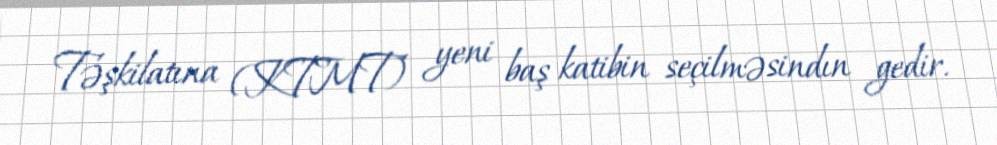
Təşkilatına (KTMT) yeni baş katibin seçilməsindın gedir.